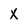
Character: x